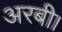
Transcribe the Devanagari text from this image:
अरबी।